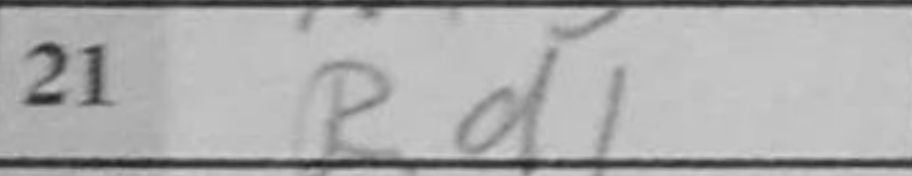
Transcription: Rd1